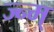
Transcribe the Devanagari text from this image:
ज्न्म्